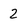
Character: 2